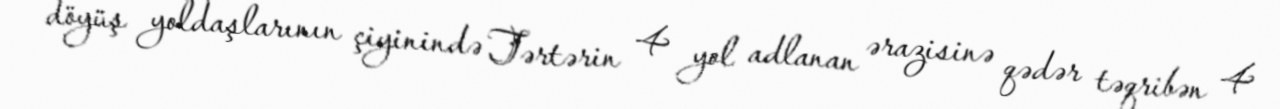
döyüş yoldaşlarının çiyinində Tərtərin 4 yol adlanan ərazisinə qədər təqribən 4